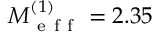
M _ { \mathrm { ~ e ~ f ~ f ~ } } ^ { ( 1 ) } = 2 . 3 5